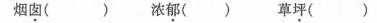
烟囱（）浓郁（）草坪（）